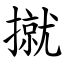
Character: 㩆